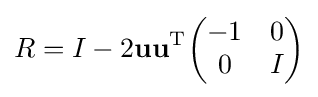
R=I-2\mathbf {u} \mathbf {u} ^{\operatorname {T} }{\begin{pmatrix}-1&0\\0&I\\\end{pmatrix}}